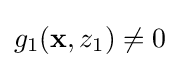
g_{1}(\mathbf {x} ,z_{1})\neq 0